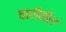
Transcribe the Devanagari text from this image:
वारीतील